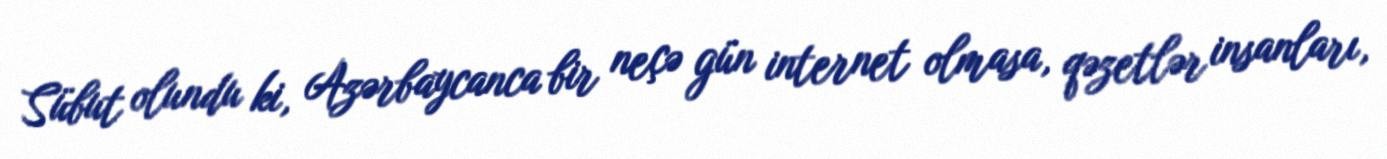
Sübut olundu ki, Azərbaycanca bir neçə gün internet olmasa, qəzetlər insanları,